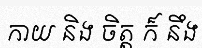
កាយ និង ចិត្ត ក៏ នឹង